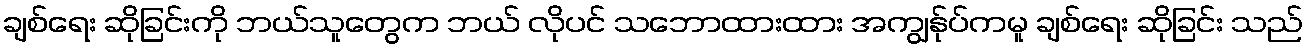
ချစ်ရေး ဆိုခြင်းကို ဘယ်သူတွေက ဘယ် လိုပင် သဘောထားထား အကျွန်ုပ်ကမူ ချစ်ရေး ဆိုခြင်း သည်